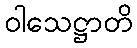
ဝါသေဋ္ဌာတိ